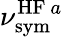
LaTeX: \nu_{\mathrm{sym}}^{\mathrm{HF}~a}